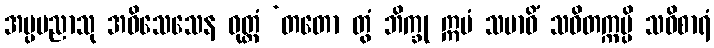
အပ္ပမညာသု အဝိသေသေန ဝုတ္တံ ‘တတော တွံ ဘိက္ခု ဣမံ သမာဓိံ သဝိတက္ကမ္ပိ သဝိစာရံ